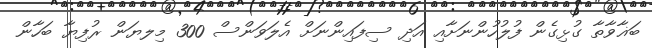
ބަޣާވާތާ ގުޅިގެން ފުލުހުންނަށާއި އަދި ސިފައިންނަށް އެލަވަންސް 300 މިލޔަން ރުފިޔާ ބަހާން